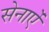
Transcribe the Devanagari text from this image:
सेनाऐं